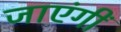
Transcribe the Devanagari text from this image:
जाएंगीं